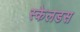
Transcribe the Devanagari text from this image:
स्केलडस